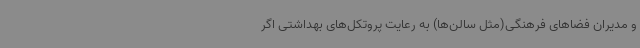
و مدیران فضاهای فرهنگی(مثل سالن‌ها) به رعایت پروتکل‌های بهداشتی اگر